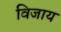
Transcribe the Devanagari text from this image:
विजाय